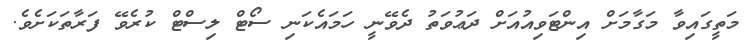
މަތީގައިވާ މަގާމަށް އިންޓަވިއުއަށް ދަޢުވަތު ދެވޭނީ ހަމައެކަނި ސޯޓް ލިސްޓް ކުރެވޭ ފަރާތަކަށެވެ.